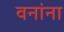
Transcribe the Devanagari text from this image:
वनांना